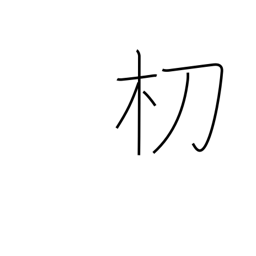
Meaning: type of tree